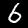
Label: 6